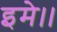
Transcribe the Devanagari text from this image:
इमे।।